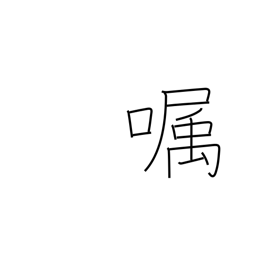
Meaning: send a message